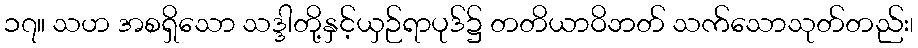
၁၇။ သဟ အစရှိသော သဒ္ဒါတို့နှင့်ယှဉ်ရာပုဒ်၌ တတိယာဝိဘတ် သက်သောသုတ်တည်း၊